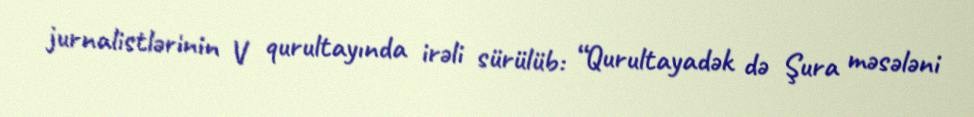
jurnalistlərinin V qurultayında irəli sürülüb: “Qurultayadək də Şura məsələni